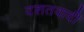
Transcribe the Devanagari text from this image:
दशतवादी